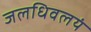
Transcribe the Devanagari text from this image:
जलधिवलयं